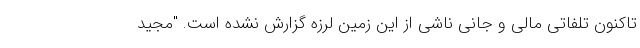
تاکنون تلفاتی مالی و جانی ناشی از این زمین لرزه گزارش نشده است. "مجید